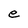
Character: e